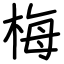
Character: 梅